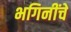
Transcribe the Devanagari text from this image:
भगिनींचे